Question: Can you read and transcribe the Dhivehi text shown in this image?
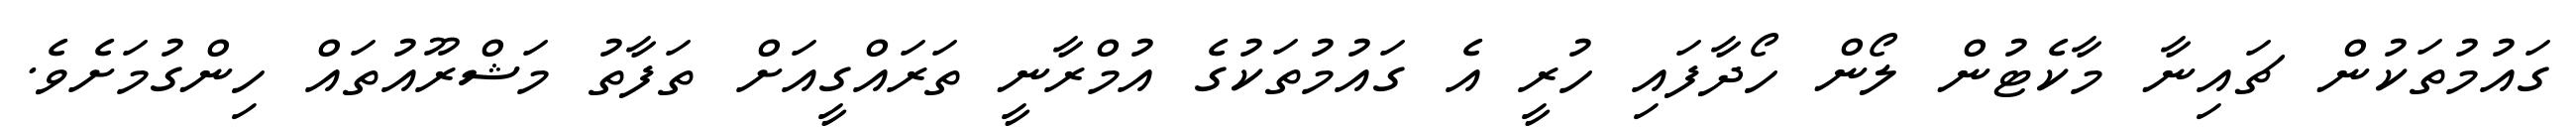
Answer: ގައުމުތަކުން ޗައިނާ މާކެޓުން ލޯން ހޯދާފައި ހުރީ އެ ގައުމުތަކުގެ އުމްރާނީ ތަރައްގީއަށް ތަފާތު މަޝްރޫއުތައް ހިންގުމަށެވެ.